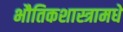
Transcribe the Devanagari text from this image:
भौतिकशास्त्रामधे